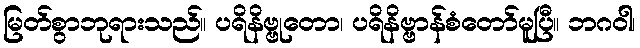
မြတ်စွာဘုရားသည်။ ပရိနိဗ္ဗုတော၊ ပရိနိဗ္ဗာန်စံတော်မူပြီ။ ဘဂဝါ၊